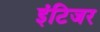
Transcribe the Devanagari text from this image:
इंटिजर